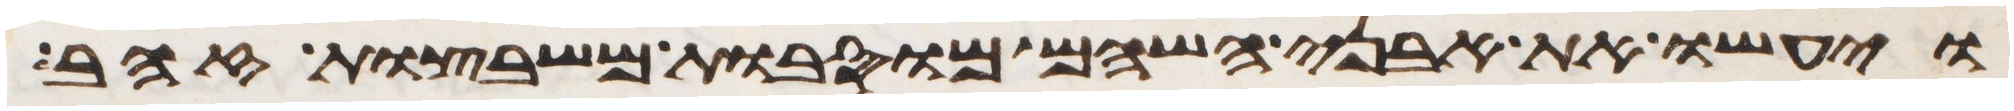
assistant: ויעשו את אבני השהם מוסבות משבצות זהב